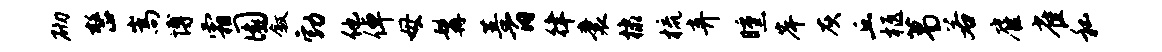
砌整嵩博霜圜叙勃他倬母髯菩百律囊棣梳弃曛岸灰丘柩葛若雇雀私